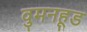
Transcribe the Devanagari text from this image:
वुमनहूड